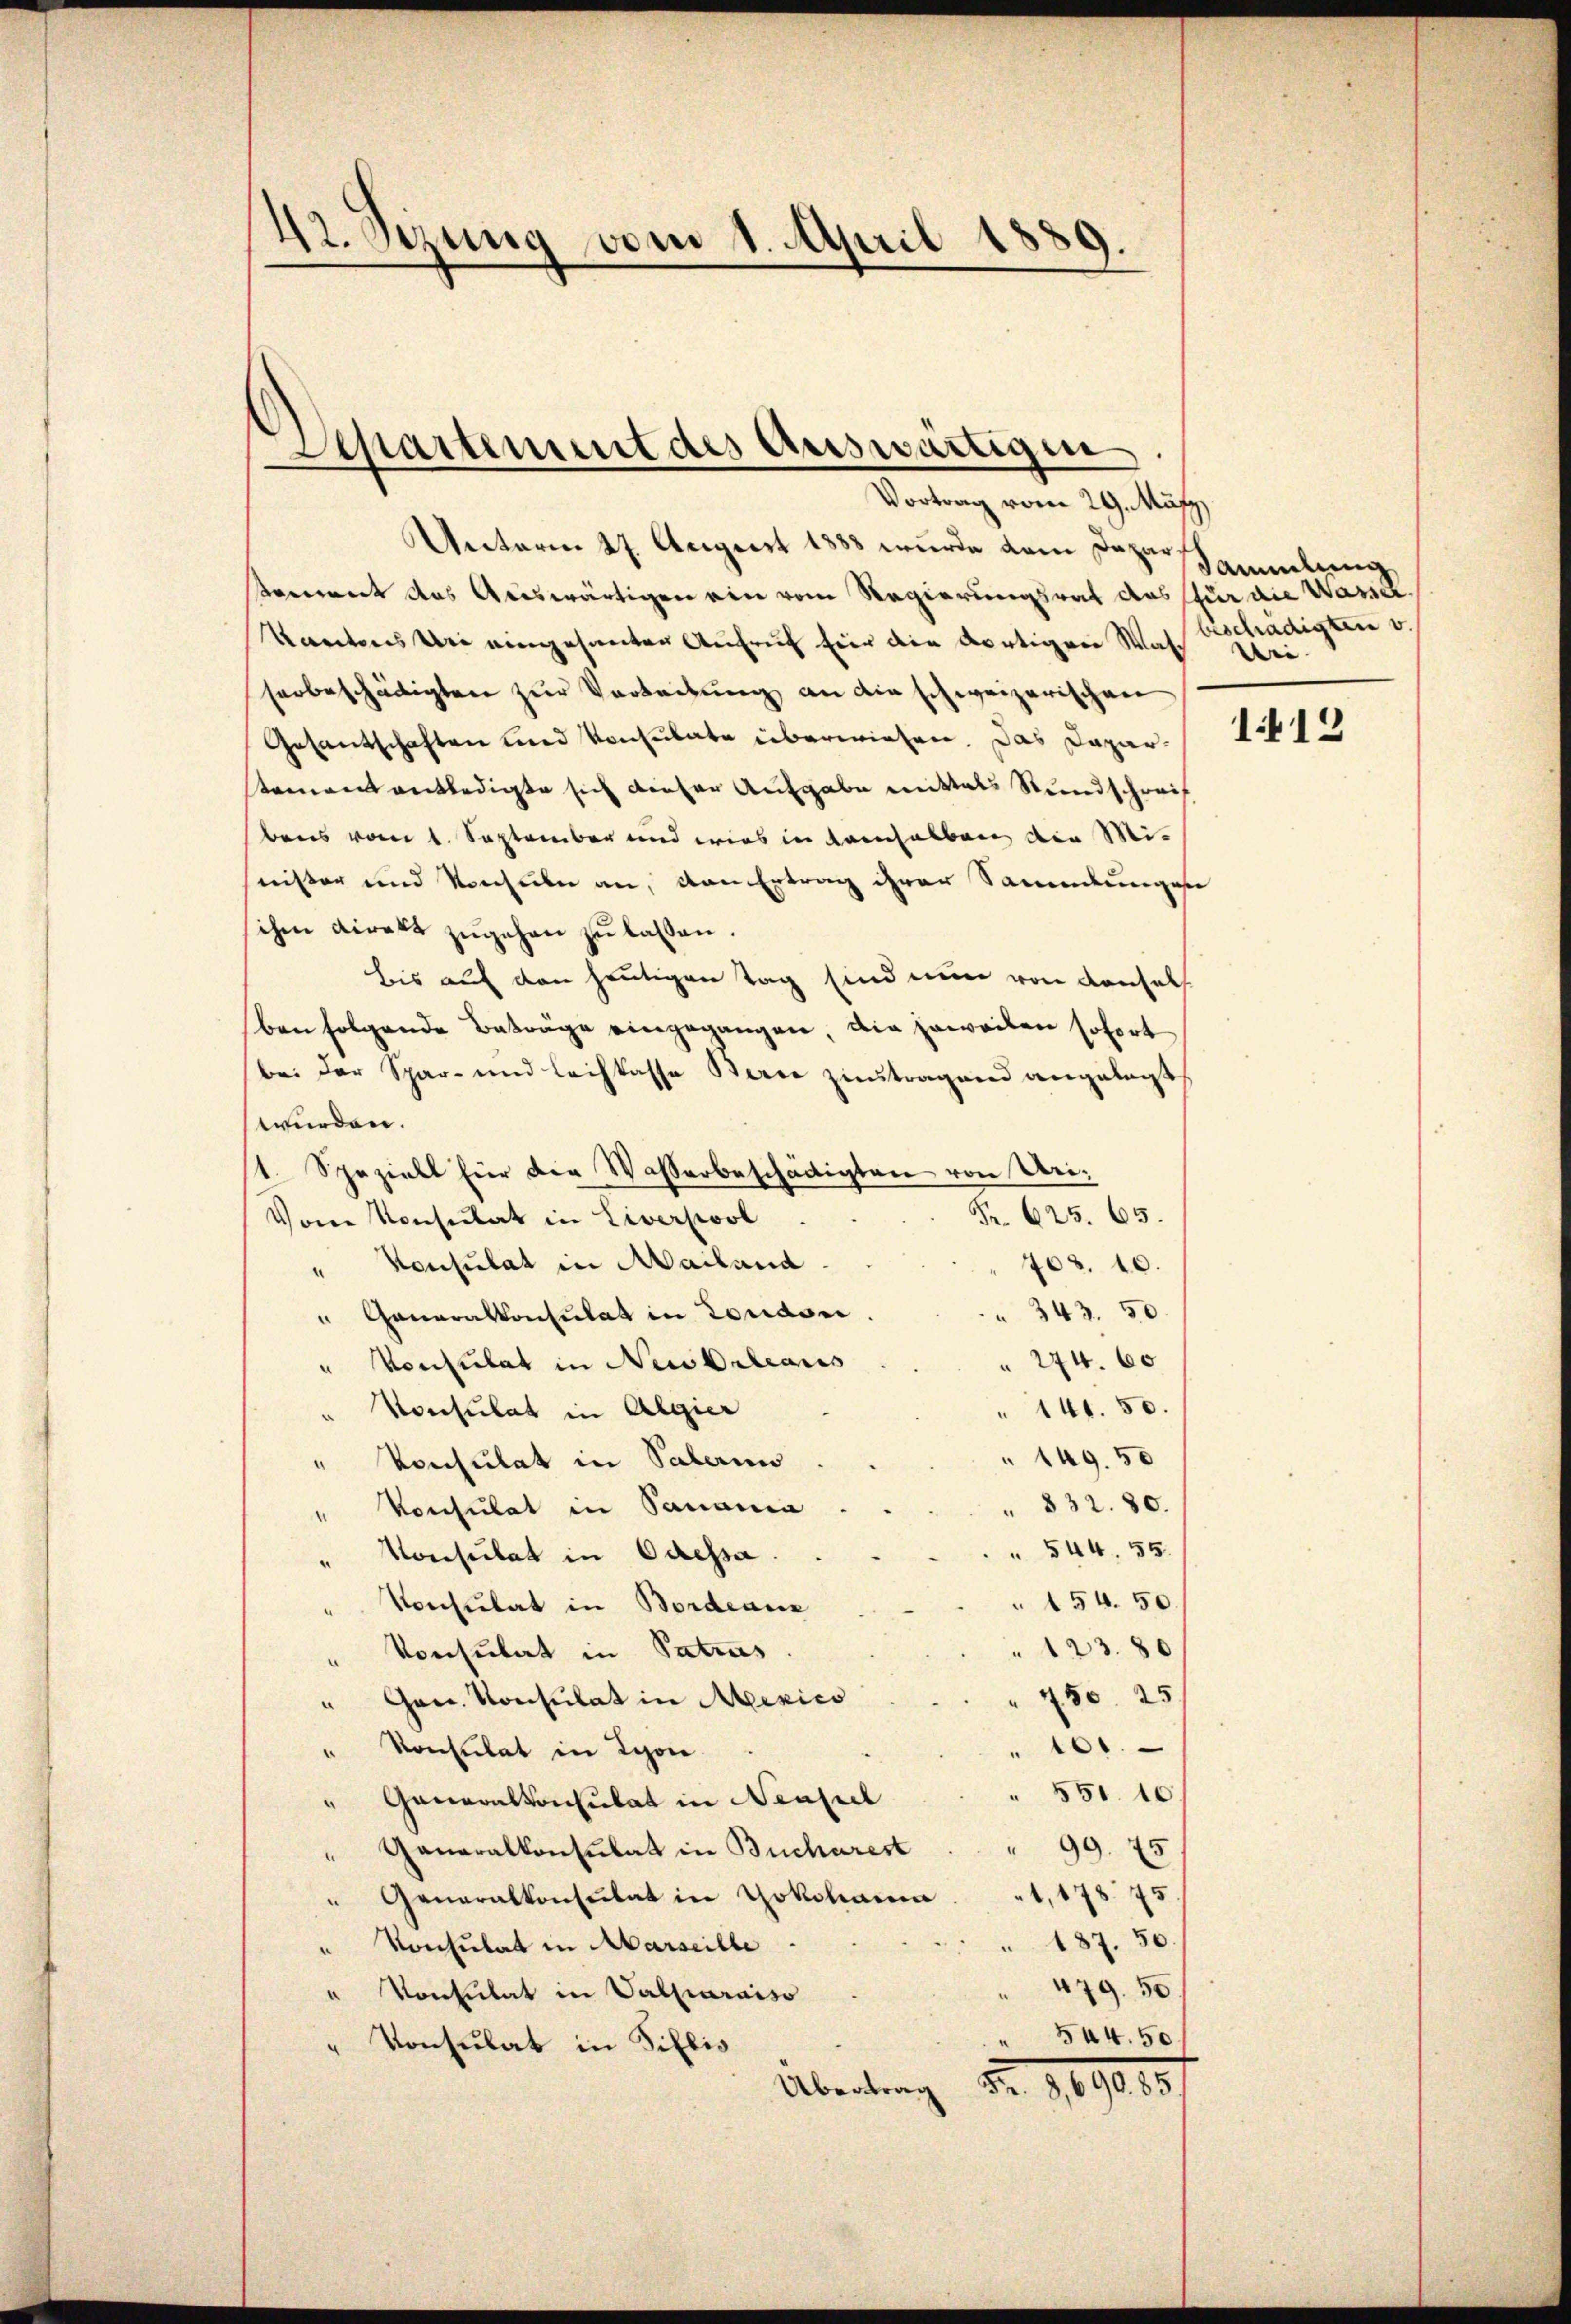
42. Sizung vom 1. April 1889.

Separtement des Auswärtigen
Vortrag vom 29. Mäfz

Unterm 27. August 1888 wurde dem Daparkoment das Auswärtigen ein vom Regierungsrat das für die Wasser
Kantons wie eingesanten Aufruf für die dortigen Wasch weiserbeschädigten zur Verbeitung an die schweizerischen
Gesantschaften und Konsulate überwiesen. Das Dapar. 1514
stament entledigte sich dieser Aufgabe mittals Stundschreif
bens vom 1. September und wies in demselben der Minister und Konsuln an, von Ertrag ihrer Sammlungen
ihm direkt zugehen zu lassen.
bis auf den heutigen Tag sind nun von Konsuls
ben folgende Beträge eingegangen, die jeweilen sofort
bei der Spar- und Leihkasse Berne zutragend angelegt
wurden.
1. Speziell für die Wasserbeschädigten von Uri¬
Fr. 625. 65.
Vom Konsulat in Liversicol
" Konsulat in Mailand
703. 10.
 343. 50
" Generalkonsulat in London
274. 60
" Konsulat in Neubiliares
141. 50.
Konsulat in Algier
149. 50
" Konsulat in Salami
 832. 80.
" Konsulat in Sanania
 544. 55.
" Konsulat in Odessa.
154. 50.
Konsulat in Bordeaux
e
123.80
Konsulat in Patrus
4
 450. 25.
" Gen. Konsulat in Mexico
 101.
Konsulat in Lyon
.
" 551. 10.
" Generalkonsulat in Neapel
" Generalkonsulat in Bucharest . " 99. 75
" Generalkonsulat in Yokohama "1,178. 75
" 187. 50.
Konsulat in Marseille.
.
479. 50.
"Vonsulat in Valparaiso
 544. 50
Konsulat in Siblio
Übertung Nr. 189015.

Sammlung
beschädigten v.